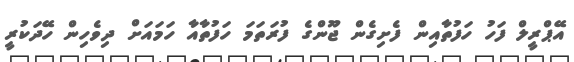
އޭޕްރީލް ފަހު ހަފުތާއިން ފެށިގެން ޖޫންގެ ފުރަތަމަ ހަފުތާއާ ހަަމައަށް ދިވެހިން ހޭދަކުރީ